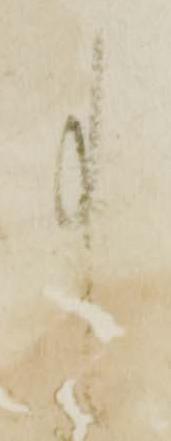
事